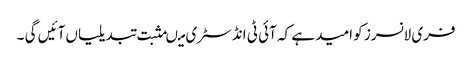
فری لانسرز کو امید ہے کہ آئی ٹی انڈسٹری میںمثبت تبدیلیاں آئیں گی ۔